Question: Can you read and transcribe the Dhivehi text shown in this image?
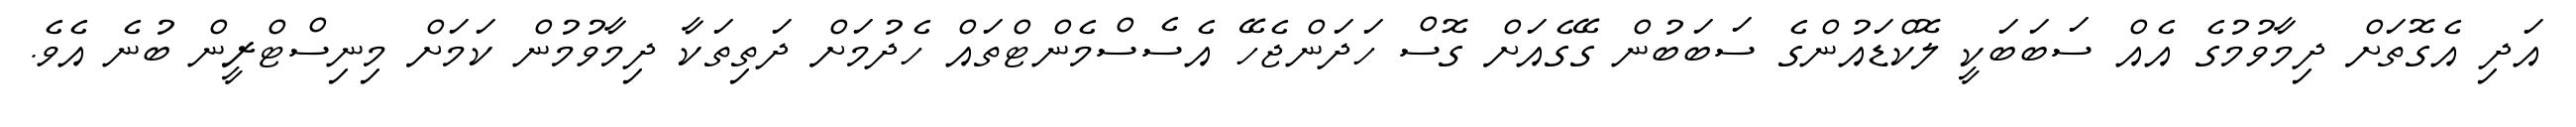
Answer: އަދި އެގޮތަށް ދިމާވުމުގެ އެއް ސަބަބަކީ ލޮކްޑައުންގެ ސަބަބުން ގޭގެއަށް ގޮސް ހަދަންޖެހޭ އެސެސްމެންޓްތައް ހެދުމަށް ދަތިތަކާ ދިމާވުމުން ކަމަށް މިނިސްޓްރީން ބުނެ އެވެ.